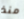
منذ